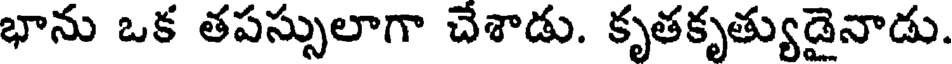
భాను ఒక తపస్సులాగా చేశాడు. కృతకృత్యుడైనాడు.